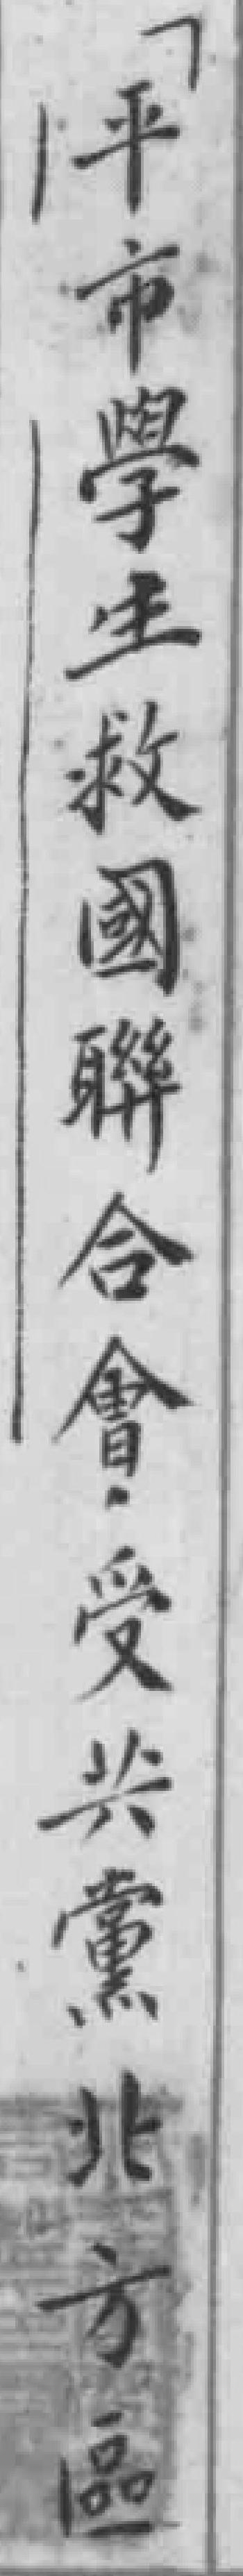
平市學生救國聯合會受共黨北方區